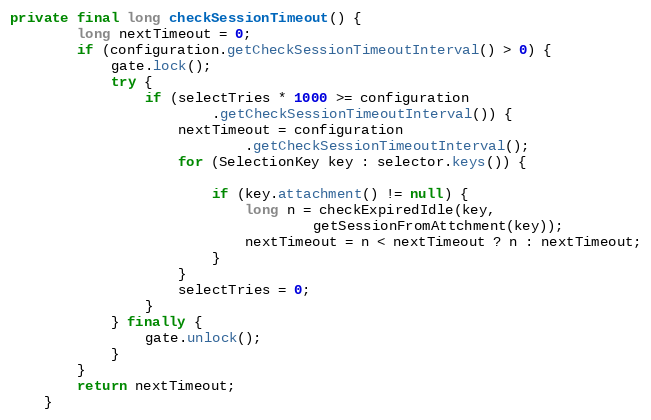
Language: Java
private final long checkSessionTimeout() {
		long nextTimeout = 0;
		if (configuration.getCheckSessionTimeoutInterval() > 0) {
			gate.lock();
			try {
				if (selectTries * 1000 >= configuration
						.getCheckSessionTimeoutInterval()) {
					nextTimeout = configuration
							.getCheckSessionTimeoutInterval();
					for (SelectionKey key : selector.keys()) {

						if (key.attachment() != null) {
							long n = checkExpiredIdle(key,
									getSessionFromAttchment(key));
							nextTimeout = n < nextTimeout ? n : nextTimeout;
						}
					}
					selectTries = 0;
				}
			} finally {
				gate.unlock();
			}
		}
		return nextTimeout;
	}